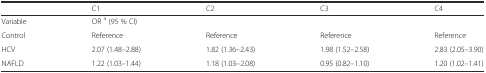
|  | C1 | C2 | C3 | C4 |
 | --- | --- | --- | --- | --- |
 | Variable | <COLSPAN=4> OR a (95 % CI) |
 | Control | Reference | Reference | Reference | Reference |
 | HCV | 2.07 (1.48–2.88) | 1.82 (1.36–2.43) | 1.98 (1.52–2.58) | 2.83 (2.05–3.90) |
 | NAFLD | 1.22 (1.03–1.44) | 1.18 (1.03–2.08) | 0.95 (0.82–1.10) | 1.20 (1.02–1.41) |